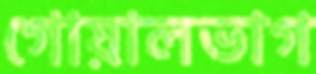
গোয়ালভাগ